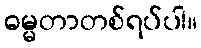
ဓမ္မတာတစ်ရပ်ပါ။